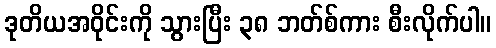
ဒုတိယအဝိုင်းကို သွားပြီး ၃၈ ဘတ်စ်ကား စီးလိုက်ပါ။